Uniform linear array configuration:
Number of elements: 64
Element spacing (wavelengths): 0.75
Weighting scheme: blackman
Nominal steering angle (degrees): -15
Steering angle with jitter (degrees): -13.995
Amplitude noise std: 0.05
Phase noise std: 0.05

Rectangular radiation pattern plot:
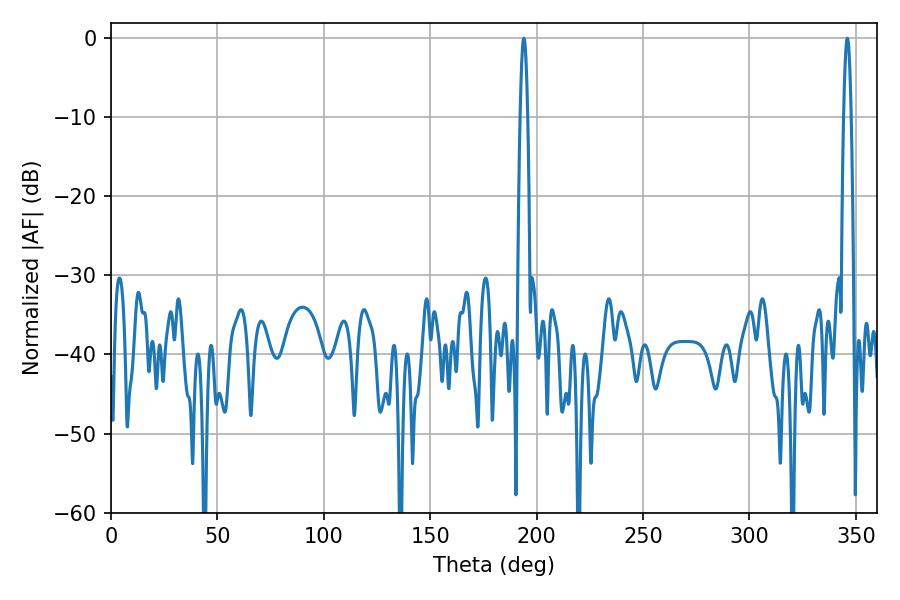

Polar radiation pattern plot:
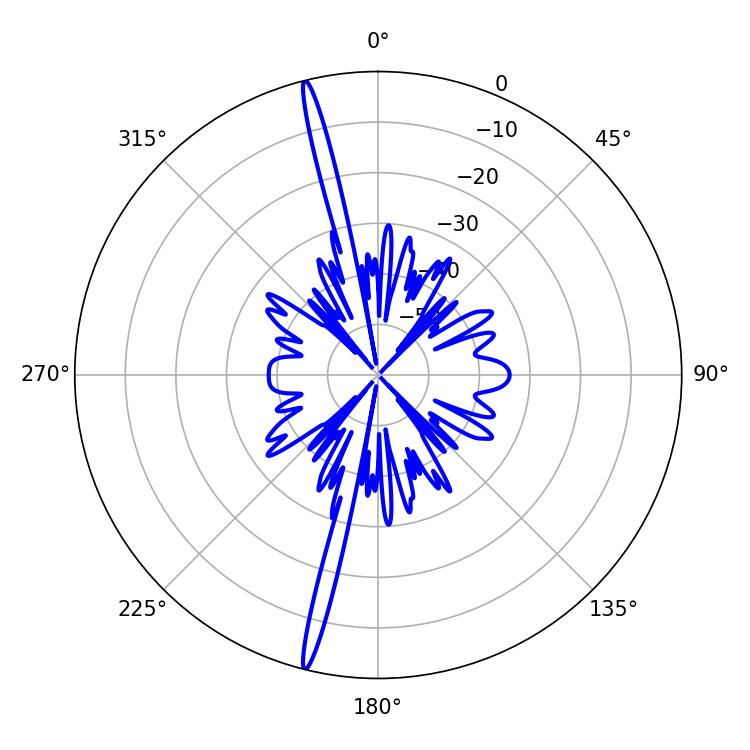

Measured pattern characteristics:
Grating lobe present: TRUE
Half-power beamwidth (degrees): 1.8
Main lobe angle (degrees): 345.96